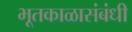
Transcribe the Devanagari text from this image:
भूतकाळासंबंधी